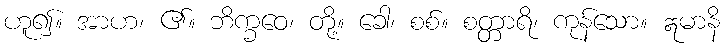
ဟူ၍။ အာဟ၊ ၏။ ဘိက္ခဝေ၊ တို့။ ခေါ၊ စစ်။ စတ္တာရိ၊ ကုန်သော။ ဣမာနိ